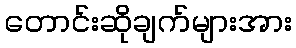
တောင်းဆိုချက်များအား